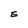
Character: E